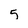
Character: 5